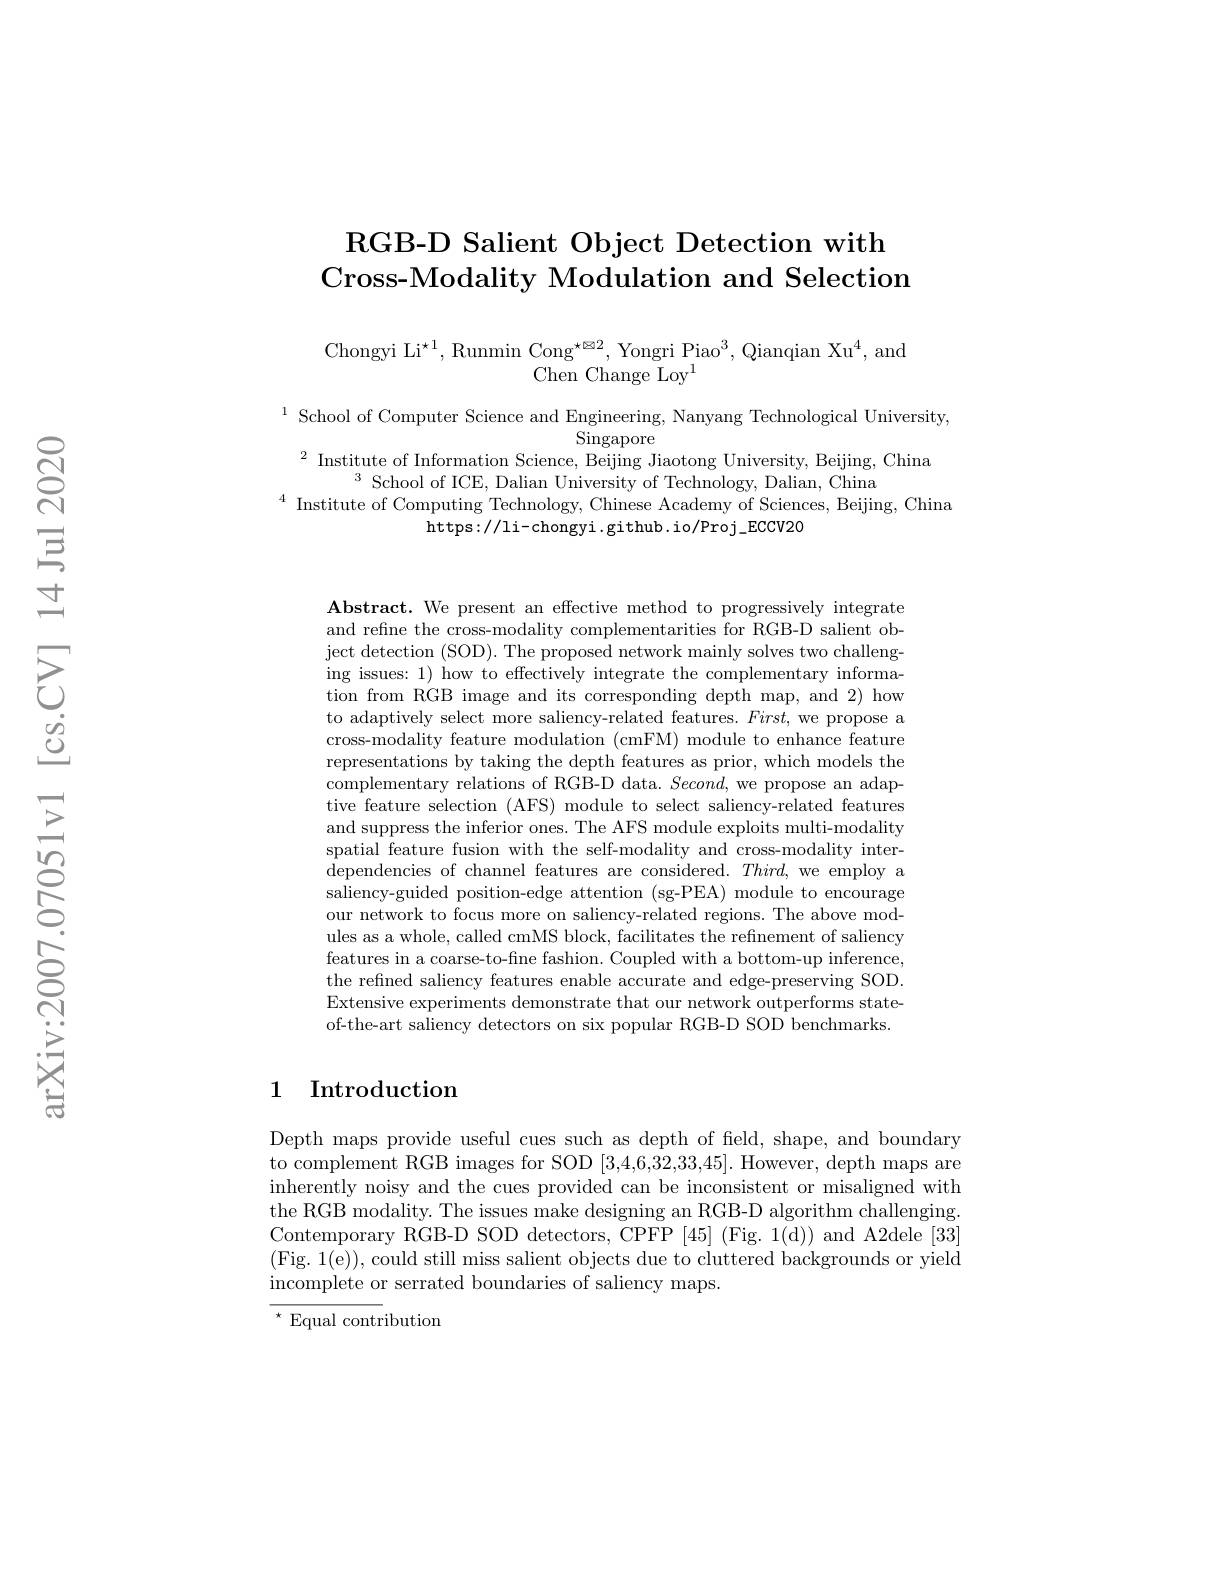
## RGB- D Salient Object Detection with Cross-Modality Modulation and Selection

Chongyi Li$^{\star1}$,Runmin Cong$^\star\boxtimes2,\text{Yongri Piao}^{3}$,Qianqian Xu$^4$,and
Chen Change Loy$^1$

$\begin{array}{c}{\mathrm{School~of~Computer~Science~and~Engineering,~Nanyang~Technological~University,}}\\{\mathrm{Singapore}}\end{array}$ $^{2}$ Institute of Information Science, Beijing Jiaotong University, Beijing, China

$^{3}$ School of ICE, Dalian University of Technology, Dalian, China
$^{4}$ Institute of Computing Technology, Chinese Academy of Sciences, Beijing, China
https://li-chongyi.github.io/Proj_ECCV20

Abstract. We present an effective method to progressively integrate and refine the cross-modality complementarities for RGB-D salient object detection (SOD). The proposed network mainly solves two challenging issues: 1) how to effectively integrate the complementary information from RGB image and its corresponding depth map, and 2) how to adaptively select more saliency-related features. $First$, we propose a cross-modality feature modulation (cmFM) module to enhance feature representations by taking the depth features as prior, which models the complementary relations of RGB-D data. $Second$, we propose an adaptive feature selection (AFS) module to select saliency-related features and suppress the inferior ones. The AFS module exploits multi-modality spatial feature fusion with the self-modality and cross-modality interdependencies of channel features are considered. $Third$, we employ a saliency-guided position-edge attention (sg-PEA) module to encourage our network to focus more on saliency-related regions. The above modules as a whole, called cmMS block, facilitates the refinement of saliency features in a coarse-to-fine fashion. Coupled with a bottom-up inference, the refined saliency features enable accurate and edge-preserving SOD. Extensive experiments demonstrate that our network outperforms stateof-the-art saliency detectors on six popular RGB-D SOD benchmarks

## 1 Introduction

Depth maps provide useful cues such as depth of feld, shape, and boundary to complement RGB images for SOD [3,4,6,32,33,45]. However, depth maps are inherently noisy and the cues provided can be inconsistent or misaligned with the RGB modality. The issues make designing an RGB-D algorithm challenging. Contemporary RGB-D SOD detectors, CPFP [45] (Fig. 1(d)) and A2dele [33] (Fig. 1(e)), could still miss salient objects due to cluttered backgrounds or yield incomplete or serrated boundaries of saliency maps.

$^{\star}$Equal contribution